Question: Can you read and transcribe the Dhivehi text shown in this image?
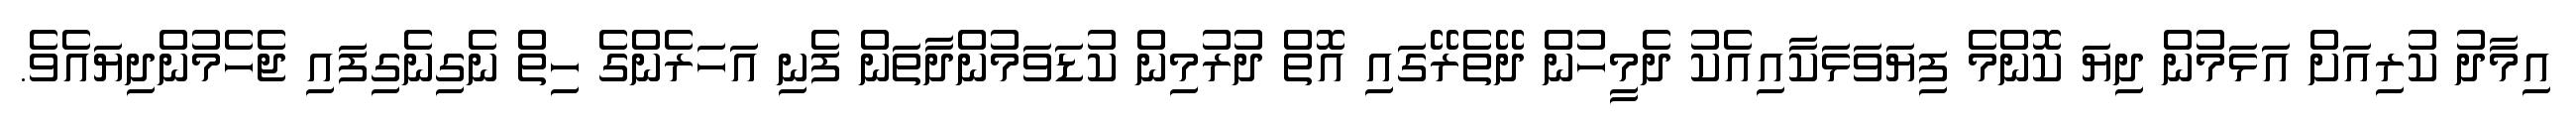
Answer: އިމާދު ކުރިއަށް އަޅަމުން ދިޔަ ކޮންމެ ފިޔަވަޅަކާއިއެކު ދެމީހުން ދޭތެރޭގައި އޮތް ދުރުމިން ކުޑަވަމުންދާތަން ފެނި އަހަރެންގެ ހިތް ނެގިނެގިފައި ޖެހެމުންދިޔައެވެ.